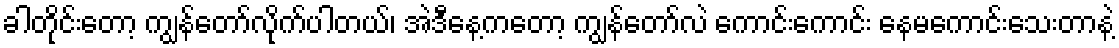
ခါတိုင်းတော့ ကျွန်တော်လိုက်ပါတယ်၊ အဲဒီနေ့ကတော့ ကျွန်တော်လဲ ကောင်းကောင်း နေမကောင်းသေးတာနဲ့